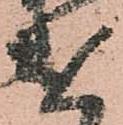
遣